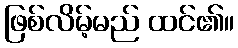
ဖြစ်လိမ့်မည် ထင်၏။